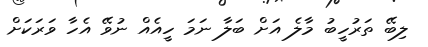
ލިބޭ ތަރުހީބު މާލެ އަށް ބަލާ ނަމަ ހީއެއް ނުވޭ އެހާ ވަރަކަށް